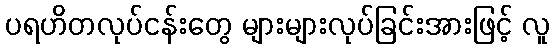
ပရဟိတလုပ်ငန်းတွေ များများလုပ်ခြင်းအားဖြင့် လူ